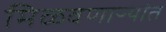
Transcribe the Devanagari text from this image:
मिळवणाऱ्यांत